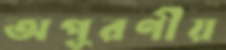
অপূরণীয়